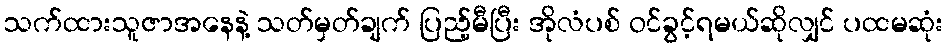
သက်ထားသူဇာအနေနဲ့ သတ်မှတ်ချက် ပြည့်မီပြီး အိုလံပစ် ဝင်ခွင့်ရမယ်ဆိုလျှင် ပထမဆုံး